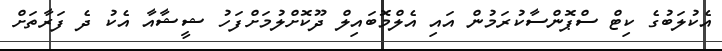
އެކުލަބުގެ ކިޓް ސްޕޮންސާކުރަމުން އައި އެލްމޮބައިލް ދޫކޮށްލުމަށްފަހު ޝީޝާއާ އެކު ދެ ފަރާތަށް